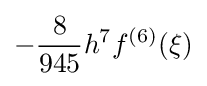
-{\frac {8}{945}}h^{7}f^{(6)}(\xi )